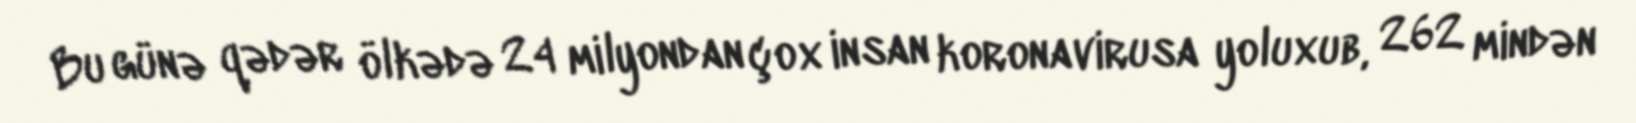
Bu günə qədər ölkədə 24 milyondan çox insan koronavirusa yoluxub, 262 mindən